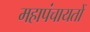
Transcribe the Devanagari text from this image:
महापंचायतों